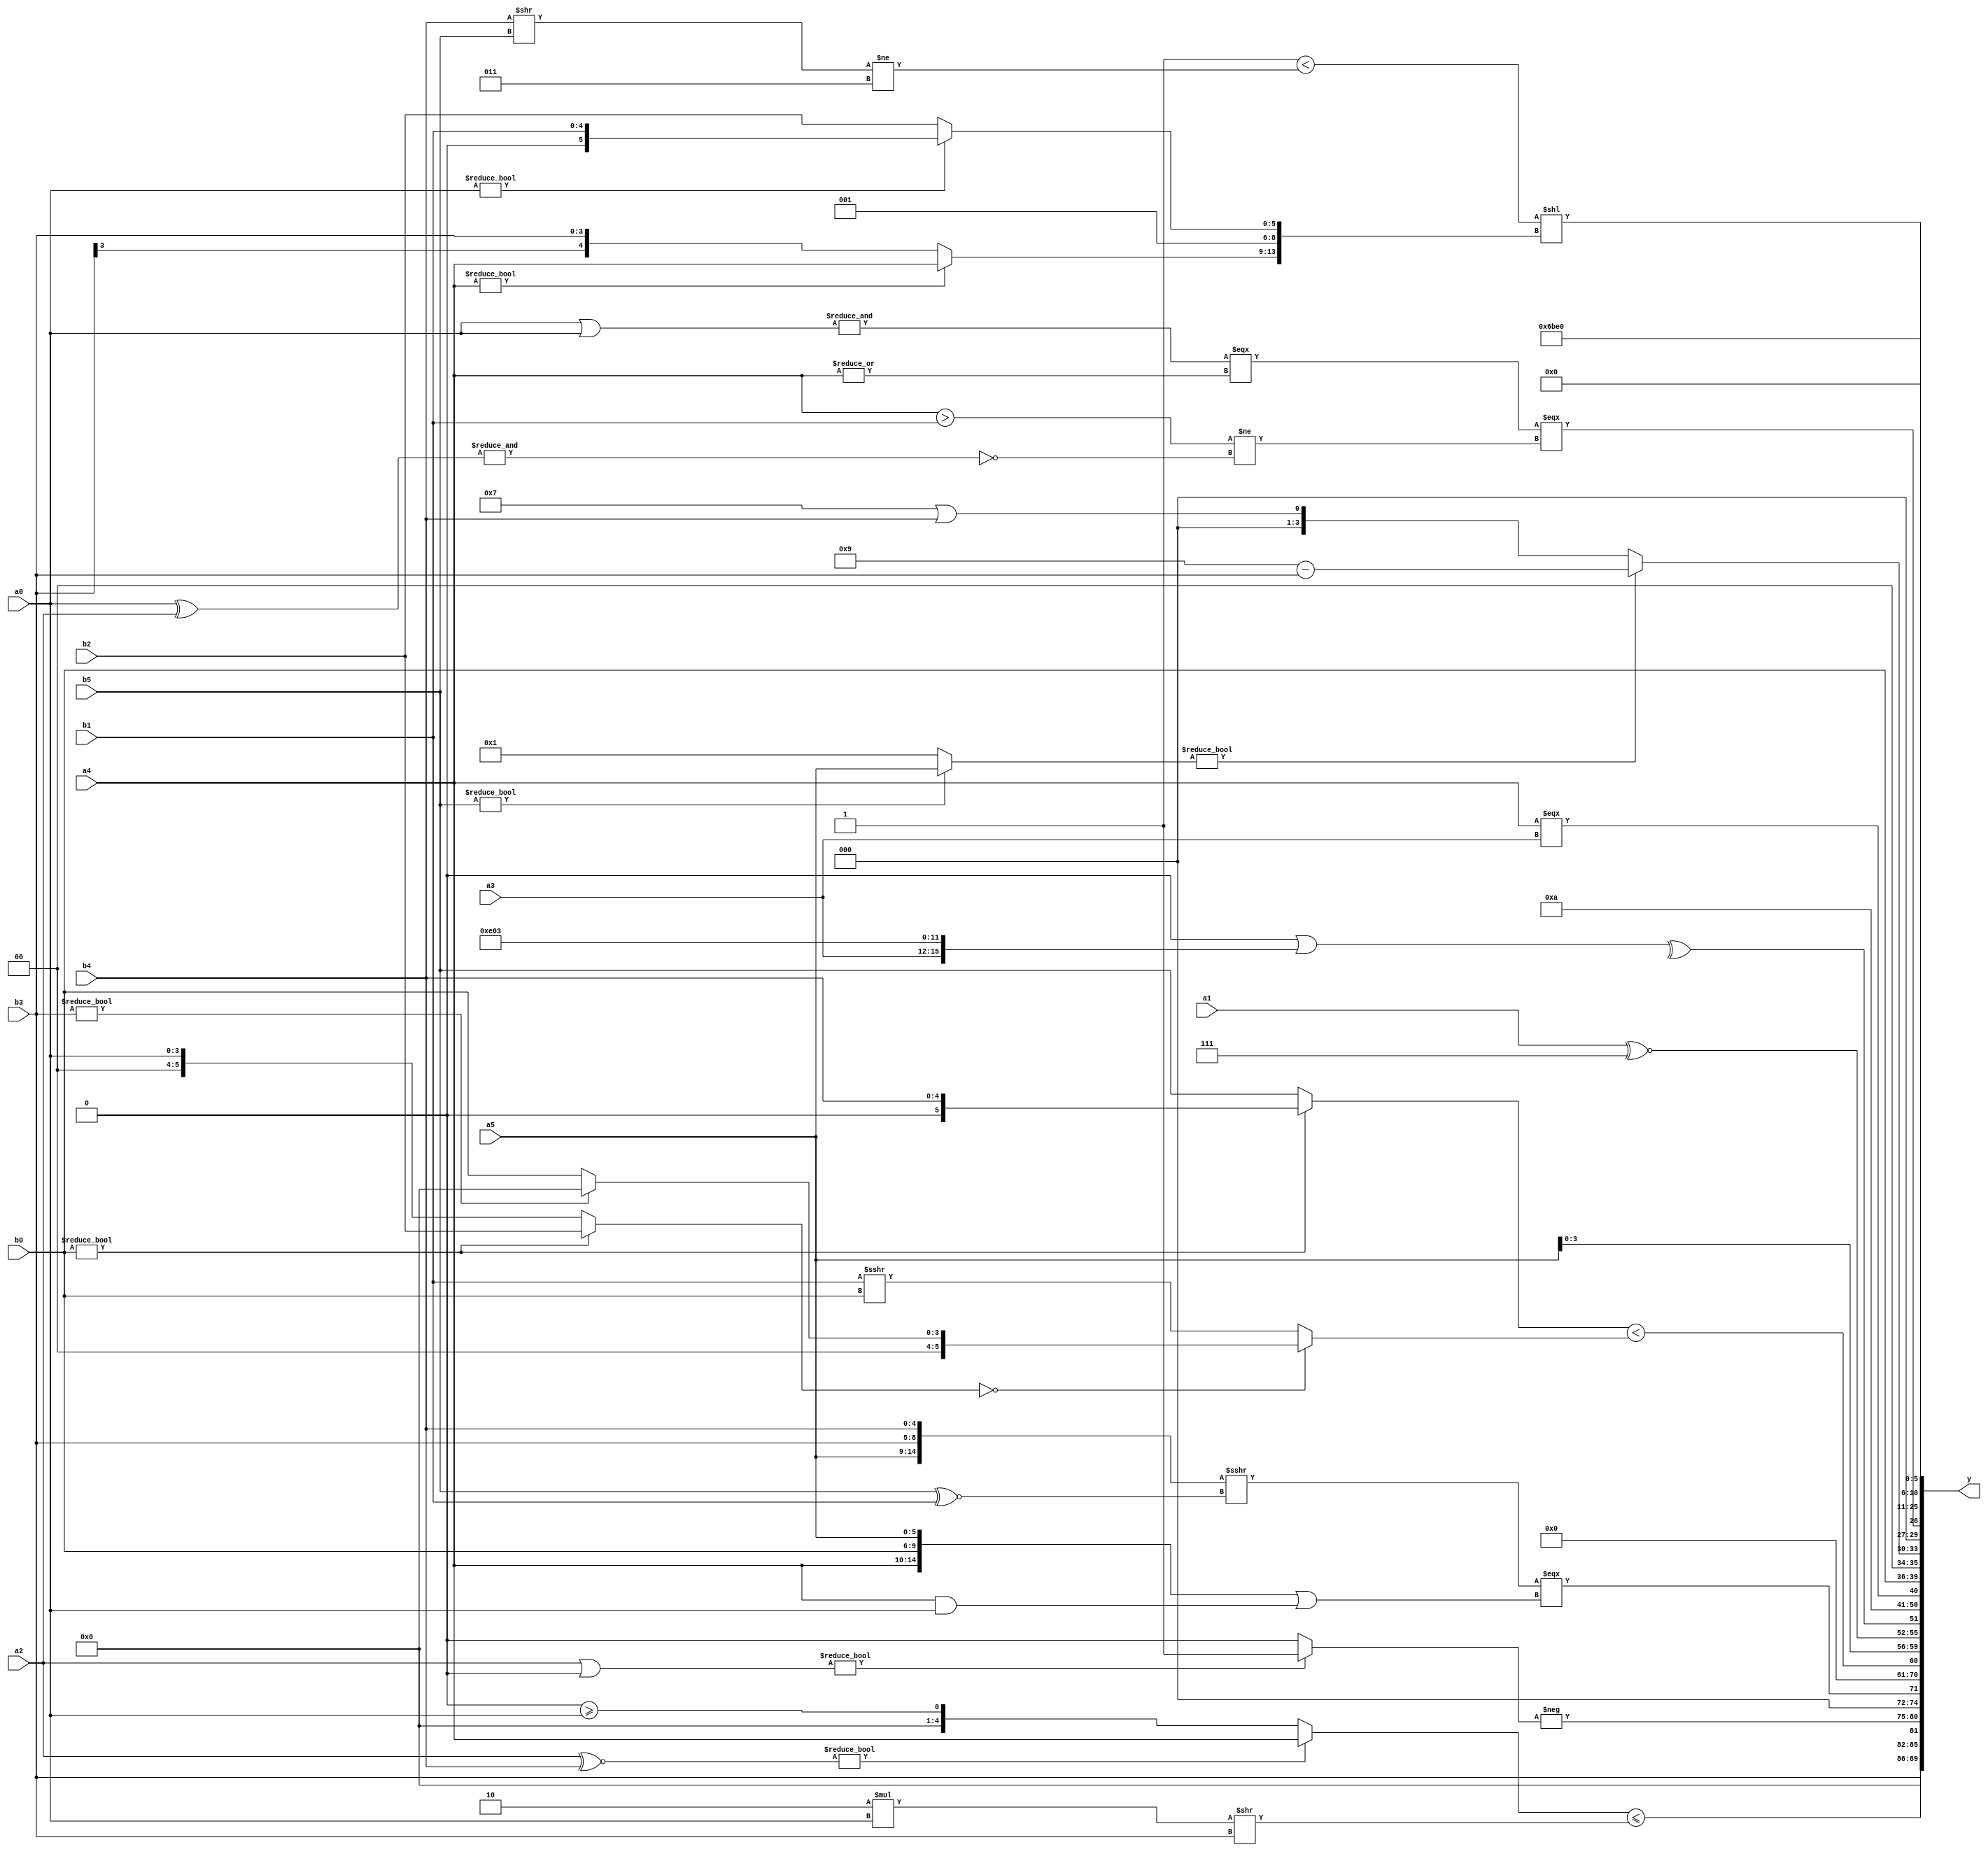
module expression_00821(a0, a1, a2, a3, a4, a5, b0, b1, b2, b3, b4, b5, y);
  input [3:0] a0;
  input [4:0] a1;
  input [5:0] a2;
  input signed [3:0] a3;
  input signed [4:0] a4;
  input signed [5:0] a5;

  input [3:0] b0;
  input [4:0] b1;
  input [5:0] b2;
  input signed [3:0] b3;
  input signed [4:0] b4;
  input signed [5:0] b5;

  wire [3:0] y0;
  wire [4:0] y1;
  wire [5:0] y2;
  wire signed [3:0] y3;
  wire signed [4:0] y4;
  wire signed [5:0] y5;
  wire [3:0] y6;
  wire [4:0] y7;
  wire [5:0] y8;
  wire signed [3:0] y9;
  wire signed [4:0] y10;
  wire signed [5:0] y11;
  wire [3:0] y12;
  wire [4:0] y13;
  wire [5:0] y14;
  wire signed [3:0] y15;
  wire signed [4:0] y16;
  wire signed [5:0] y17;

  output [89:0] y;
  assign y = {y0,y1,y2,y3,y4,y5,y6,y7,y8,y9,y10,y11,y12,y13,y14,y15,y16,y17};

  localparam [3:0] p0 = {(4'd2 * (~|((5'd28)>(4'd6)))),(-((+((4'sd3)>=(2'sd0)))^(2'sd1)))};
  localparam [4:0] p1 = (^(+{((4'd15)?(-2'sd0):(5'd11))}));
  localparam [5:0] p2 = {((5'd25)+(2'd1)),((-2'sd1)?(5'd28):(3'd7)),((-3'sd0)>(3'd3))};
  localparam signed [3:0] p3 = {2{(~{(3'sd0),(-3'sd2)})}};
  localparam signed [4:0] p4 = (4'd9);
  localparam signed [5:0] p5 = (((!(4'd12))-((-5'sd11)<<(4'd7)))^(3'd5));
  localparam [3:0] p6 = ((-2'sd1)!==(4'd7));
  localparam [4:0] p7 = (~^({1{({2{(5'sd2)}}<=((2'd2)>=(5'd22)))}}!==(^((^((3'sd1)-(4'sd4)))<<((4'sd4)>>(2'd0))))));
  localparam [5:0] p8 = {(2'd3)};
  localparam signed [3:0] p9 = (~^(3'd1));
  localparam signed [4:0] p10 = ({((3'sd2)<<(5'd28)),(|(4'd4)),{(-2'sd0)}}>>>((2'd3)>>((5'd23)^(2'd1))));
  localparam signed [5:0] p11 = {(5'sd6),(-2'sd0),(-3'sd1)};
  localparam [3:0] p12 = {{{(-4'sd1),(-2'sd0)},{(3'sd3),(2'd0)},((-3'sd2)<<(4'sd0))},{{(2'd0),(-2'sd0),(2'd1)},{1{((-4'sd0)>(-5'sd8))}}}};
  localparam [4:0] p13 = (4'd1);
  localparam [5:0] p14 = (~|(-(&(((2'd3)?(-4'sd4):(-3'sd2))?{3{(5'sd14)}}:(((-4'sd0)&(-3'sd3))+(|(4'd0)))))));
  localparam signed [3:0] p15 = (3'd7);
  localparam signed [4:0] p16 = (2'd0);
  localparam signed [5:0] p17 = (|(5'd2 * (!(~^(4'd14)))));

  assign y0 = {4{b3}};
  assign y1 = (((a2^~b4)?(a4<<<p9):(p1>=a0))<=((5'd2 * a0)>>(p9?p1:b3)));
  assign y2 = (-((a2|p16)?(p4?p17:b2):$unsigned($signed(p16))));
  assign y3 = (({a5,b3,b4}>>>(b5^~b1))===({a4,b0,a5}||(a4&a0)));
  assign y4 = ((3'd5)<(4'sd3));
  assign y5 = (((p7^~p16)?(b0?b4:b5):(a5?p15:p12))<((!(b0?b2:a0))?(b3?p16:b0):(b1>>>b0)));
  assign y6 = {{4{a5}}};
  assign y7 = {{(a1>a2),{(a2||a2)},(a1^~p15)},(|(^((~^{p11,p9})|{a3,p2,p8})))};
  assign y8 = (&(4'sd6));
  assign y9 = {{3{{2{p14}}}},{{{(-5'sd6)}}}};
  assign y10 = $unsigned({$signed((|{(p4<<<a4),$unsigned(p7)})),{(~b0),(a4===a3),(b0)}});
  assign y11 = {((b5?a5:p6)?(p3-b3):(p15||b4))};
  assign y12 = (((&(a0|a0))===(+(|a4)))===((a4>b1)!=(~&(a0^a2))));
  assign y13 = (($signed((p12))<(p11>>>p11))|((p0-p5)^$unsigned($signed(p17))));
  assign y14 = (-4'sd2);
  assign y15 = (2'sd0);
  assign y16 = (((2'sd1)<((b4>>b5)!=(3'sd3)))<<{(a4?a4:b3),(3'sd1),(a0?b1:b2)});
  assign y17 = (~|$signed((~&{4{{2{p14}}}})));
endmodule